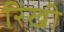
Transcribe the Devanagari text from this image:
रिखी